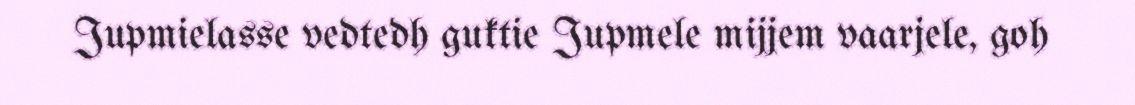
Jupmielasse vedtedh guktie Jupmele mijjem vaarjele, goh